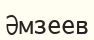
Әмзеев